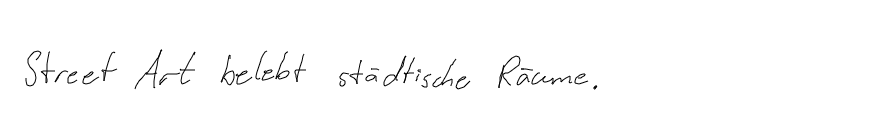
Street Art belebt städtische Räume.